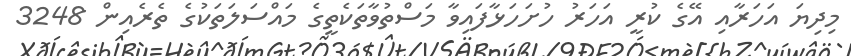
މިދިޔަ އަހަރާއި އޭގެ ކުރީ އަހަރު ހުށަހަޅާފައިވާ މަސްތުވާތަކެތީގެ މައްސަލަތަކުގެ ތެރެއިން 3248